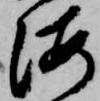
海